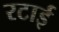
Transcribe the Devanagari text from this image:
रटाई